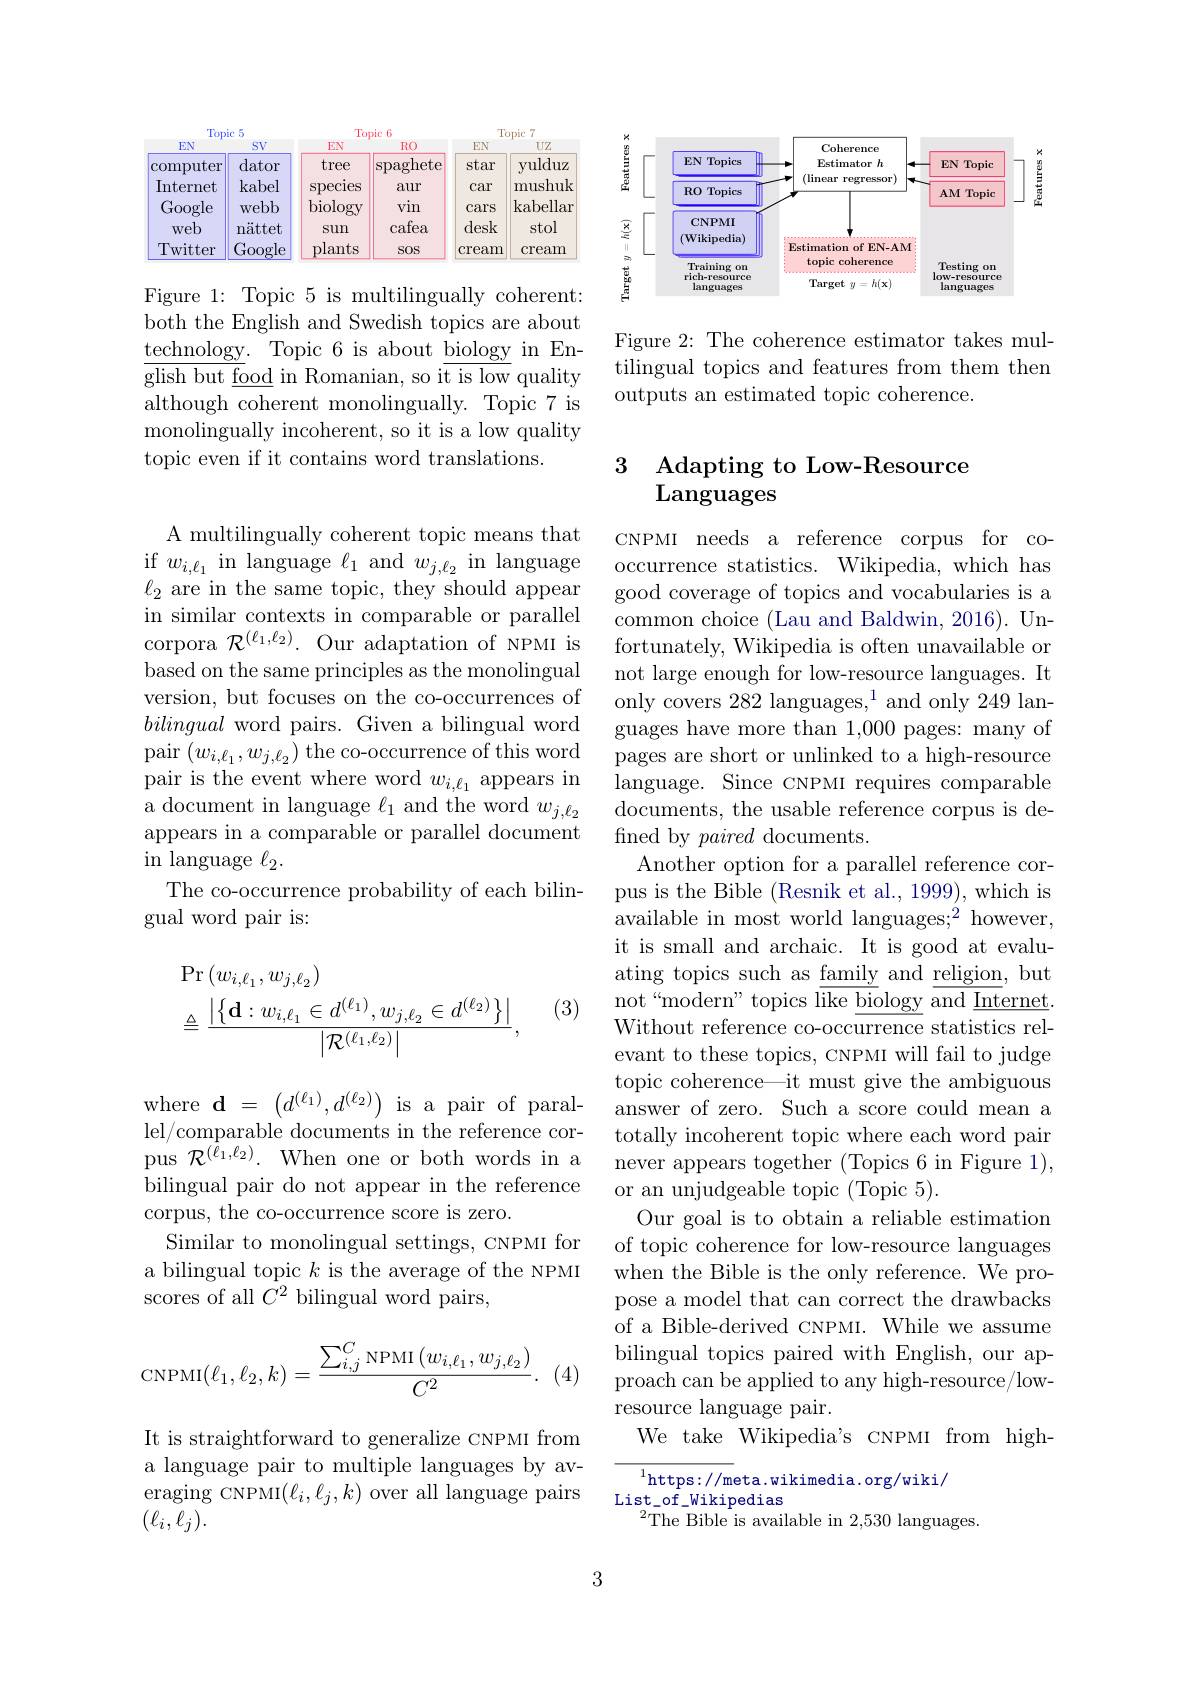
<table>
	<tbody>
		<tr>
			<th colspan="2">Topic :5</th>
			<th colspan="2">Topic 6</th>
			<th colspan="2">Topic :7</th>
		</tr>
		<tr>
			<th>EN</th>
			<th>$SV$</th>
			<th>EN</th>
			<th>$RO$</th>
			<th>EN</th>
			<th>$UZ$</th>
		</tr>
		<tr>
			<td>computer</td>
			<td>dator</td>
			<td>tree</td>
			<td>spaghete</td>
			<td>star</td>
			<td>yulduz</td>
		</tr>
		<tr>
			<td>Internet</td>
			<td>kabel</td>
			<td>species</td>
			<td>aur</td>
			<td>car</td>
			<td>mushuk</td>
		</tr>
		<tr>
			<td>Google</td>
			<td>webb</td>
			<td>biology</td>
			<td>vin</td>
			<td>cars</td>
			<td>kabellar</td>
		</tr>
		<tr>
			<td>web</td>
			<td>nättet</td>
			<td>Sun</td>
			<td>cafea</td>
			<td>desk</td>
			<td>stol</td>
		</tr>
		<tr>
			<td>Twitter</td>
			<td>Google</td>
			<td>plants</td>
			<td>SOS</td>
			<td>cream</td>
			<td>cream</td>
		</tr>
	</tbody>
</table>

Figure 1: Topic 5 is multilingually coherent: both the English and Swedish topics are about $\underline{\mathrm{technology}}.$Topic 6 is about biology in En- ${\overline{{\mathrm{glish~but~food~in~Romanian,~so~it~is~low~quality}}}}$ although $\overline{\text{coherent monolingually.}}$Topic 7 is monolingually incoherent, so it is a low quality topic even if it contains word translations.

A multilingually coherent topic means that $\operatorname*{if}_{\rho}w_{i,\ell_{1}}$ in language $\ell_1$ and $w_{j,\ell_{2}}$ in language $\ell_2$ are in the same topic, they should appear in similar contexts in comparable or parallel corpora $\mathcal{R}^{(\ell_{1},\ell_{2})}.$ Our adaptation of NPMI is based on the same principles as the monolingual version, but focuses on the co-occurrences of bilingual word pairs. Given a bilingual word pair $(w_{i,\ell_{1}},w_{j,\ell_{2}})$ the co-occurrence of this word pair is the event where word $w_{i,\ell_{1}}$ appears in a document in language $\ell_1$ and the word $w_j,\ell_2$ appears in a comparable or parallel document in language $\ell_2.$
The co-occurrence probability of each bilin-
gual word pair is:

(3)
$$\begin{aligned}&\mathrm{Pr}\left(w_{i,\ell_{1}},w_{j,\ell_{2}}\right)\\&\triangleq\frac{\left|\left\{\mathbf{d}:w_{i,\ell_{1}}\in d^{(\ell_{1})},w_{j,\ell_{2}}\in d^{(\ell_{2})}\right\}\right|}{\left|\mathcal{R}^{(\ell_{1},\ell_{2})}\right|},\end{aligned}$$
where $\mathbf{d}=(d^{(\ell_{1})},d^{(\ell_{2})})$ is a pair of parallel/comparable documents in the reference corpus $\mathcal{R}^{(\hat{\ell}_{1},\ell_{2})}.$ When one or both words in a bilingual pair do not appear in the reference corpus, the co-occurrence score is zero.
Similar to monolingual settings, CNPMI for a bilingual topic $k$ is the average of the NPMI scores of all $\bar{C^{2}}$ bilingual word pairs,
$$\mathrm{CNPMI}(\ell_1,\ell_2,k)=\frac{\sum_{i,j}^C\mathrm{NPMI}\left(w_{i,\ell_1},w_{j,\ell_2}\right)}{C^2}.$$
(4)

It is straightforward to generalize CNPMI from a language pair to multiple languages by averaging CNPMI$(\ell_i,\ell_j,k)$ over all language pairs $(\ell_i,\ell_j).$

<FigureHere>

Figure 2: The coherence estimator takes multilingual topics and features from them then outputs an estimated topic coherence.

## 3 Adapting to Low-Resource Languages

CNPMI needs a reference corpus for cooccurrence statistics. Wikipedia, which has good coverage of topics and vocabularies is a common choice (Lau and Baldwin, 2016). Unfortunately, Wikipedia is often unavailable or not large enough for low-resource languages. It only covers 282 languages,$^1$ and only 249 languages have more than 1,000 pages: many of pages are short or unlinked to a high-resource language. Since CNPMI requires comparable documents, the usable reference corpus is defined by paired documents.
Another option for a parallel reference coravailable in most world languages;$^2$ however, it is small and archaic. It is good at evaluating topics such as family and religion, but not “ modern" topics l$\overline {{\text{ike biology}}}{\overline {{\text{and Internet}}}}.$ Without reference co-occurrence statistics relevant to these topics, CNPMI will fail to judge topic coherence—it must give the ambiguous answer of zero. Such a score could mean a totally incoherent topic where each word pair never appears together (Topics 6 in Figure 1), or an unjudgeable topic (Topic 5).
Our goal is to obtain a reliable estimation of topic coherence for low-resource languages when the Bible is the only reference. We propose a model that can correct the drawbacks of a Bible-derived CNPMI. While we assume bilingual topics paired with English, our approach can be applied to any high-resource/lowresource language pair.
We take Wikipedia's CNPMI from high-
$^1$https://meta.wikimedia.org/wiki/

List$\_$of$\_$Wikipedias
$^{2}$The Bible is available in 2,530 languages.

3